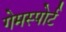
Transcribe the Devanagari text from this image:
गेमस्पोर्ट